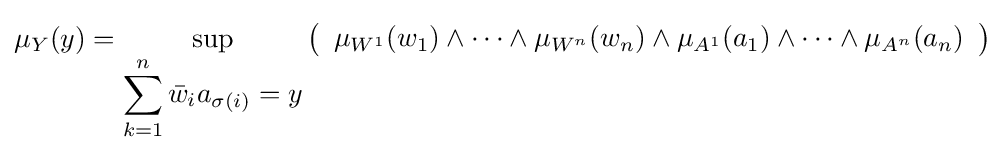
\mu _{Y}(y)=\displaystyle \sup _{\displaystyle \sum _{k=1}^{n}{\bar {w}}_{i}a_{\sigma (i)}=y}\left({\begin{array}{*{1}l}\mu _{W^{1}}(w_{1})\wedge \cdots \wedge \mu _{W^{n}}(w_{n})\wedge \mu _{A^{1}}(a_{1})\wedge \cdots \wedge \mu _{A^{n}}(a_{n})\end{array}}\right)